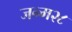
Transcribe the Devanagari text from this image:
जन्म२८